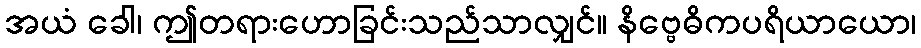
အယံ ခေါ၊ ဤတရားဟောခြင်းသည်သာလျှင်။ နိဗ္ဗေဓိကပရိယာယော၊